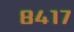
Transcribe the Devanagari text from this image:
८४१७